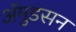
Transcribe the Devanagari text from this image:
अॅमुडसन